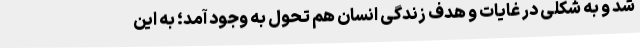
شد و به شکلی در غایات و هدف زندگی انسان هم تحول به وجود آمد؛ به این